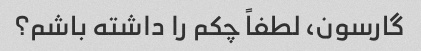
گارسون، لطفاً چکم را داشته باشم؟